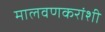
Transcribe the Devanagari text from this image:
मालवणकरांशी